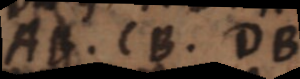
AB, CB, DB